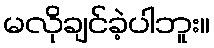
မလိုချင်ခဲ့ပါဘူး။